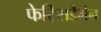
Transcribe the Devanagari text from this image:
फेटिसडैगेन